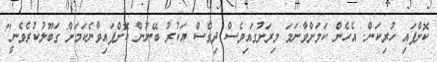
ކޮށްފައި ހުރިކަން. އެހެން ކަމަށްވާނަމަ މިރަށުގައިވެސް ދިވެސް އަކުރު ބޭނުން ކޮށްފައިވާނެކަމަށް ގަބޫލުކުރެވެނީ"